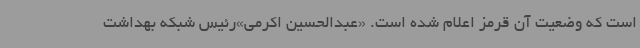
است که وضعیت آن قرمز اعلام شده است. «عبدالحسین اکرمی»رئیس شبکه بهداشت